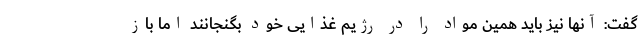
گفت: آنها نیز باید همین مواد را در رژیم غذایی خود بگنجانند اما باز